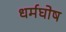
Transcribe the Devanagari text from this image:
धर्मघोष